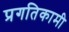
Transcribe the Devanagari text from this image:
प्रगतिकामी